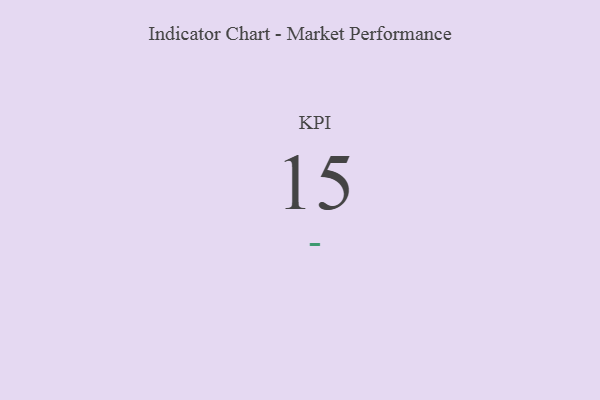
{"axis": {"x": "KPI", "y": "Value"}, "legend": [""], "data": [{"x": "KPI", "y": 15, "type": ""}]}